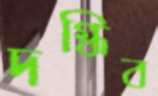
দগ্ধিব